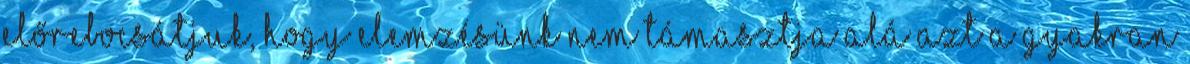
Előrebocsátjuk, hogy elemzésünk nem támasztja alá azt a gyakran